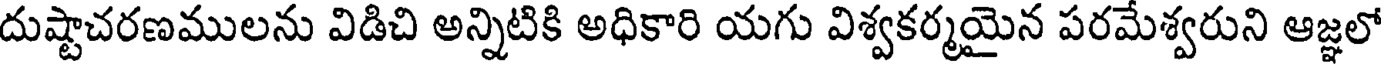
దుష్టాచరణములను విడిచి అన్నిటికి అధికారి యగు విశ్వకర్మయైన పరమేశ్వరుని ఆజ్ఞలో